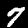
Label: 7